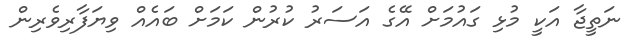
ނަތީޖާ އަކީ މުޅި ގައުމަށް އޭގެ އަސަރު ކުރުން ކަމަށް ބައެއް ވިޔަފާރިވެރިން